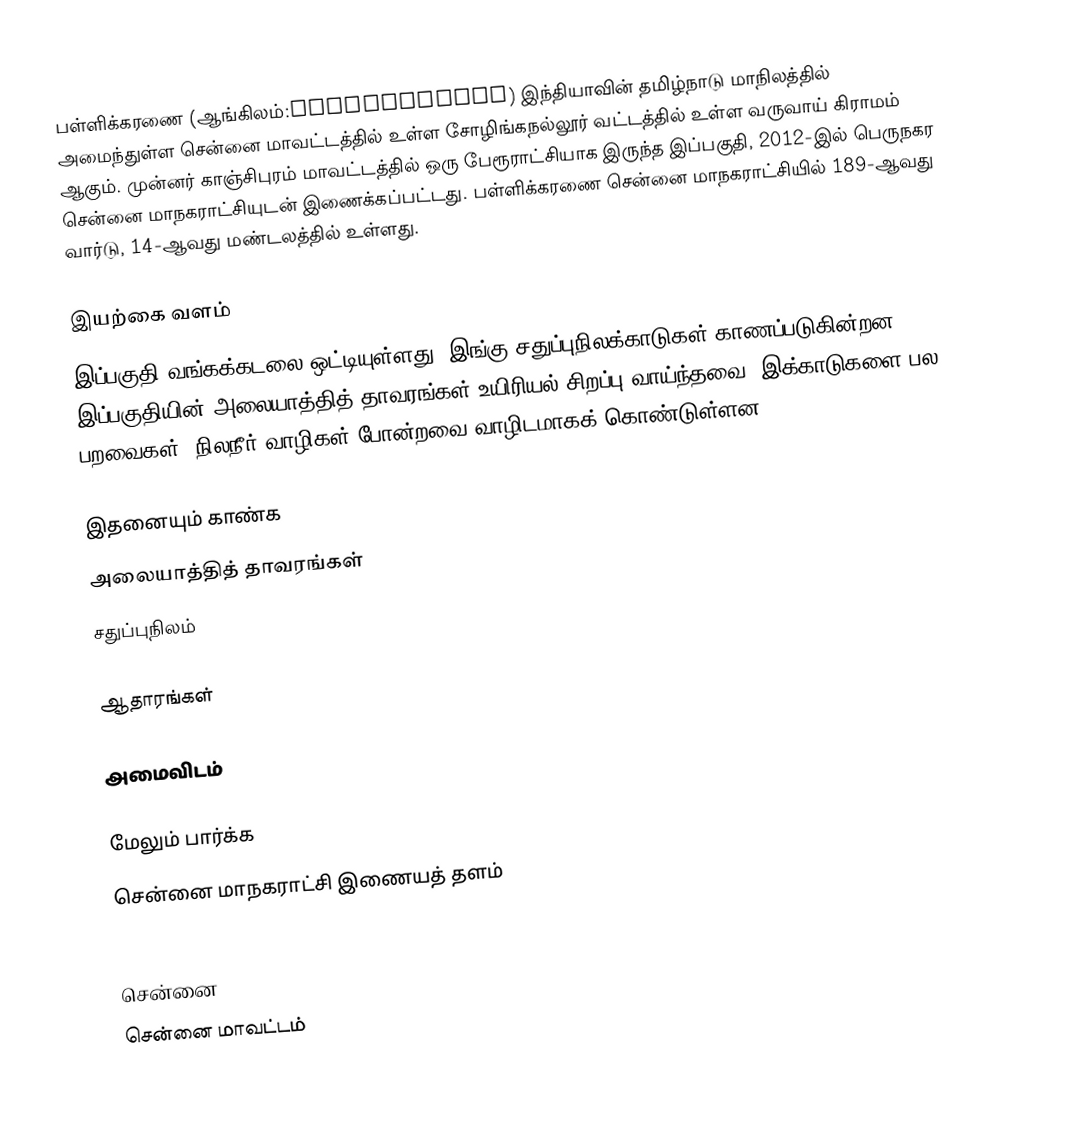
பள்ளிக்கரணை (ஆங்கிலம்:Pallikaranai) இந்தியாவின் தமிழ்நாடு மாநிலத்தில் அமைந்துள்ள சென்னை மாவட்டத்தில் உள்ள சோழிங்கநல்லூர் வட்டத்தில் உள்ள வருவாய் கிராமம் ஆகும். முன்னர் காஞ்சிபுரம் மாவட்டத்தில் ஒரு பேரூராட்சியாக இருந்த இப்பகுதி, 2012-இல் பெருநகர சென்னை மாநகராட்சியுடன் இணைக்கப்பட்டது. பள்ளிக்கரணை சென்னை மாநகராட்சியில் 189-ஆவது வார்டு, 14-ஆவது மண்டலத்தில் உள்ளது.

இயற்கை வளம்
இப்பகுதி வங்கக்கடலை ஒட்டியுள்ளது. இங்கு சதுப்புநிலக்காடுகள் காணப்படுகின்றன. இப்பகுதியின்  அலையாத்தித் தாவரங்கள்  உயிரியல் சிறப்பு வாய்ந்தவை. இக்காடுகளை பல பறவைகள், நிலநீர் வாழிகள் போன்றவை வாழிடமாகக் கொண்டுள்ளன.

இதனையும் காண்க
  அலையாத்தித் தாவரங்கள்
 சதுப்புநிலம்

ஆதாரங்கள்

அமைவிடம்

மேலும் பார்க்க
 சென்னை மாநகராட்சி இணையத் தளம்

சென்னை
சென்னை மாவட்டம்